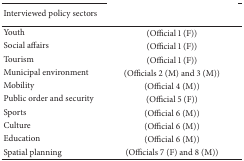
<table><thead><tr><td><b>Interviewed policy sectors</b></td><td>[EMPTY_CELL]</td></tr></thead><tbody><tr><td>Youth</td><td>(Official 1 (F))</td></tr><tr><td>Social affairs </td><td>(Official 1 (F))</td></tr><tr><td>Tourism </td><td>(Official 1 (F))</td></tr><tr><td>Municipal environment </td><td>(Officials 2 (M) and 3 (M))</td></tr><tr><td>Mobility </td><td>(Official 4 (M))</td></tr><tr><td>Public order and security</td><td>(Official 5 (F))</td></tr><tr><td>Sports </td><td>(Official 6 (M))</td></tr><tr><td>Culture </td><td>(Official 6 (M))</td></tr><tr><td>Education</td><td>(Official 6 (M))</td></tr><tr><td>Spatial planning</td><td>(Officials 7 (F) and 8 (M))</td></tr></tbody></table>